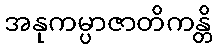
အနုကမ္ပာဇာတိကန္တိ